NAE_ERA_R-2362_Emakeele_Selts, lk 17
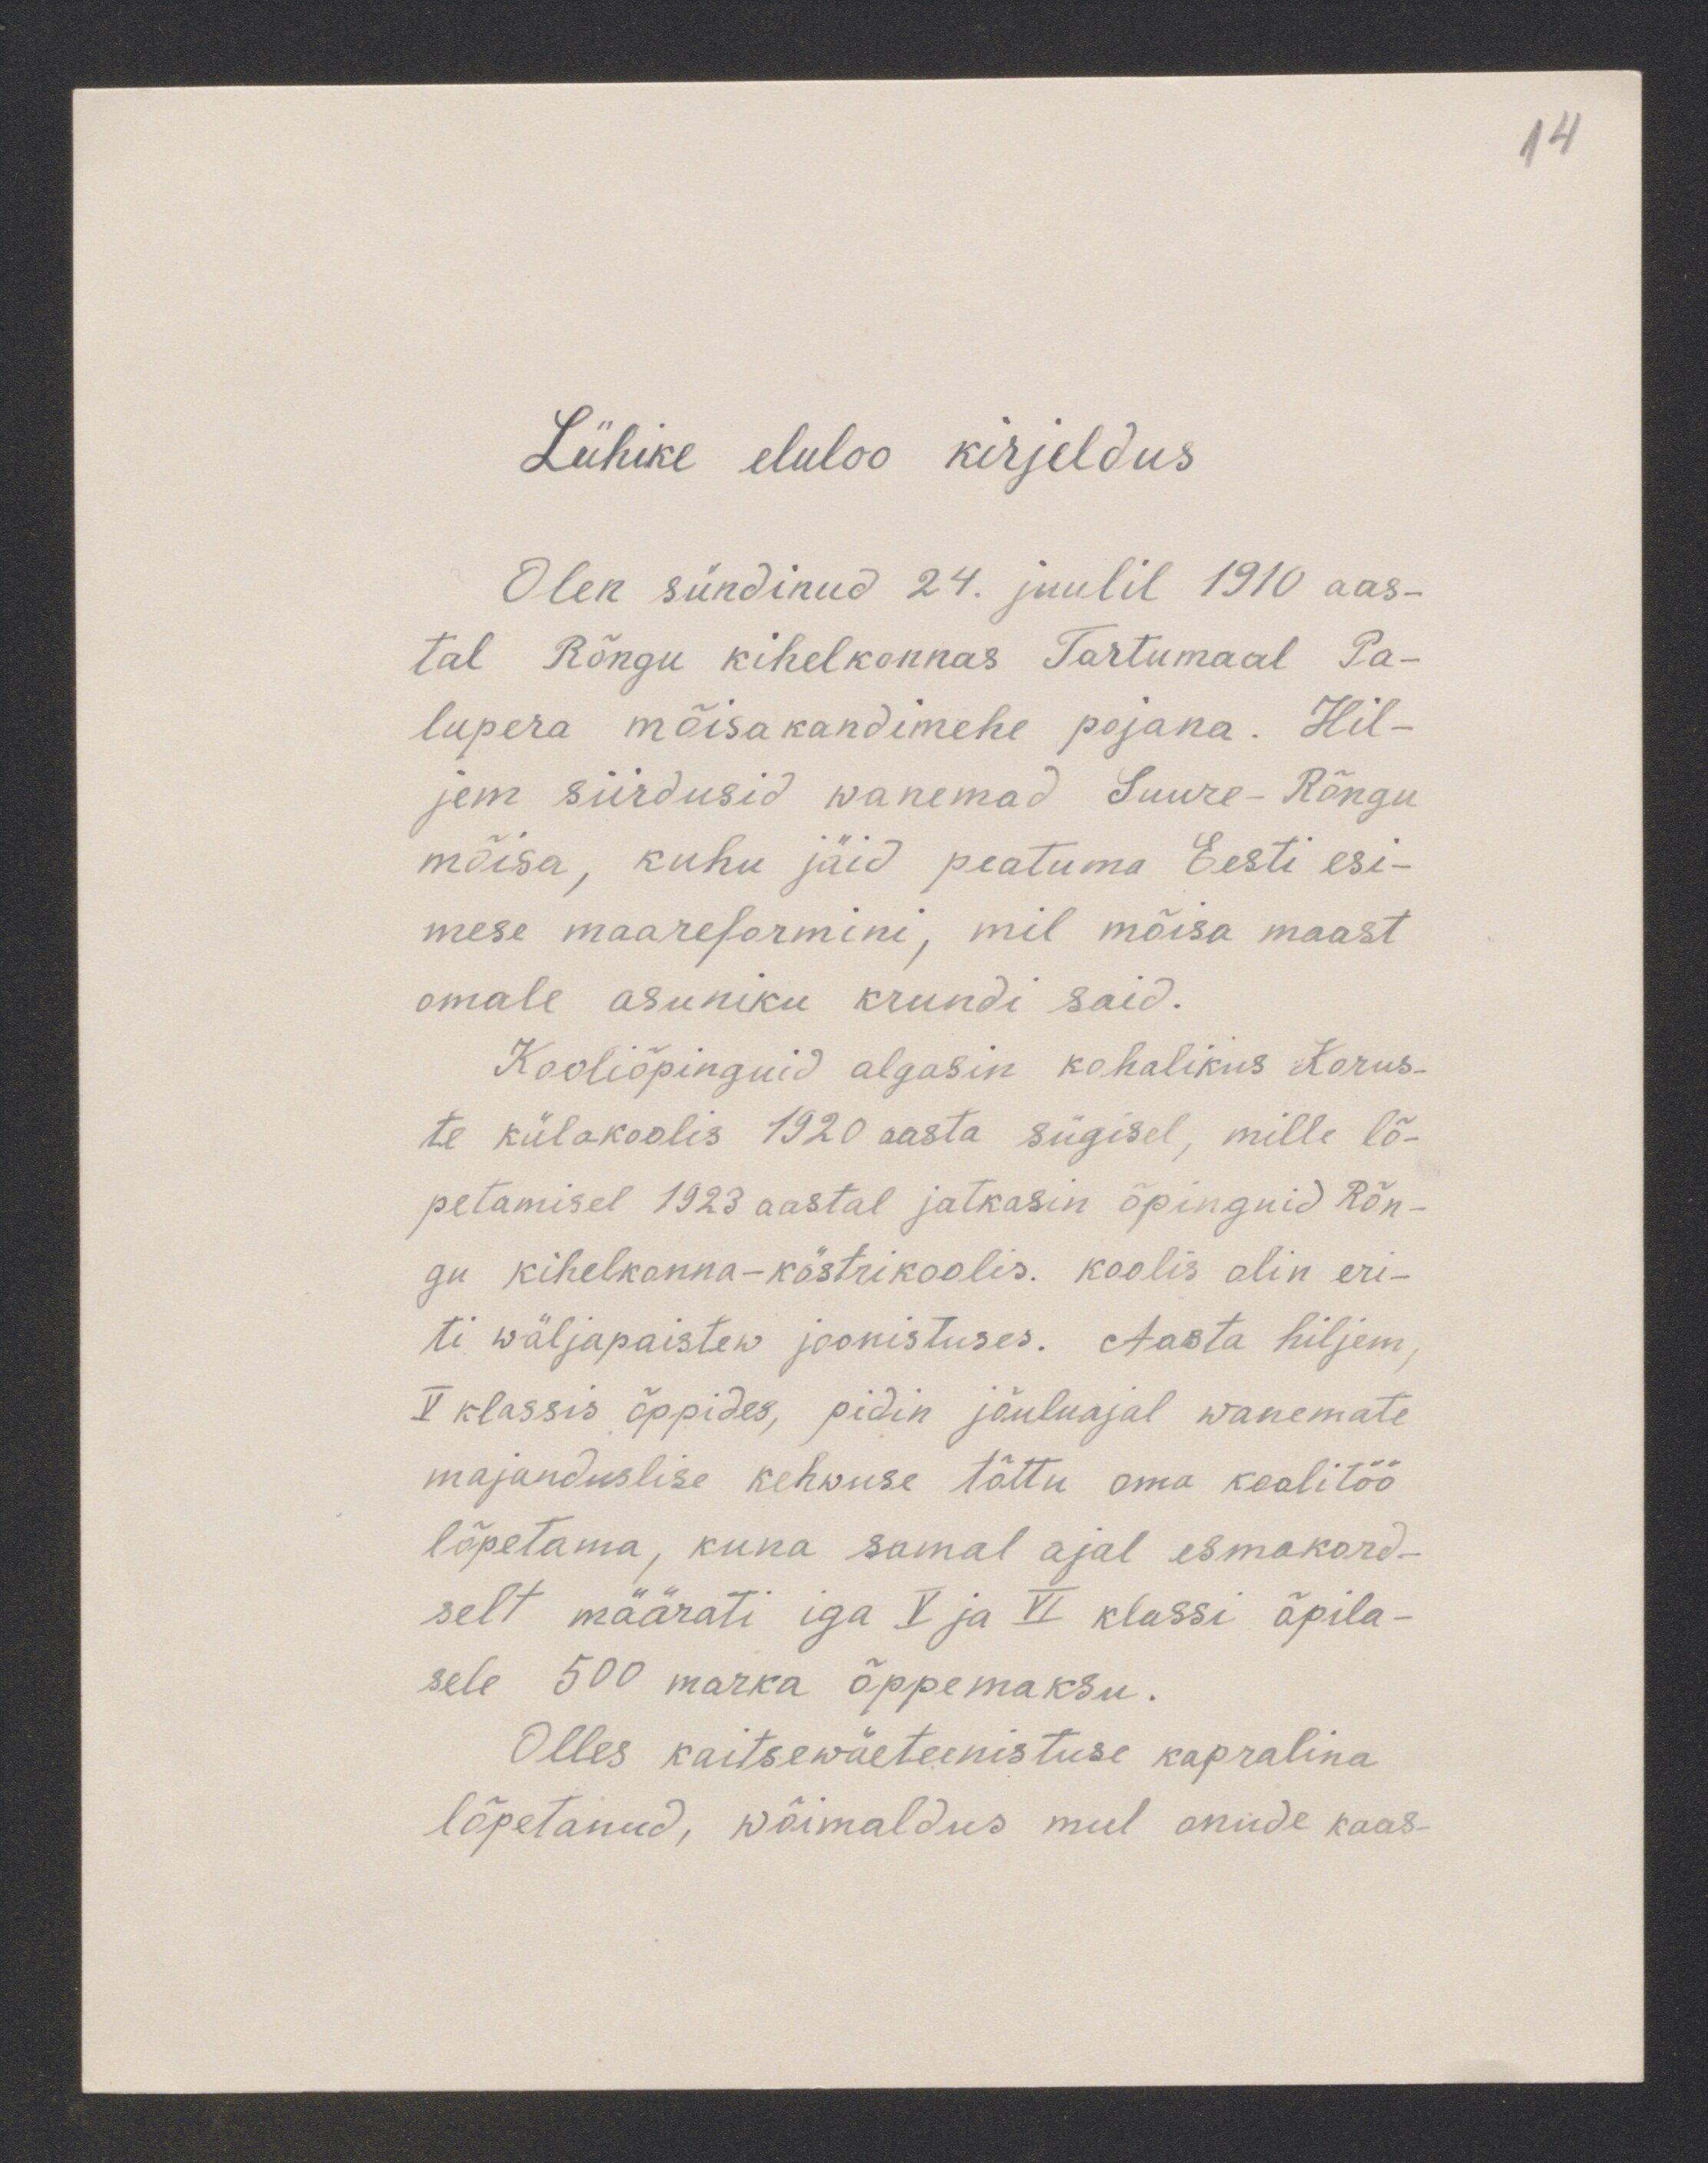
14

Lühike eluloo kirjeldus
Olen sündinud 24. juulil 1910 aas-
tal Rõngu kihelkonnas Tartumaal Pa-
lupera mõisakandimehe pojana. Hil-
jem siirdusid wanemad Suure-Rõngu
mõisa, kuhu jäid peatuma Eesti esi-
mese maareformini, mil mõisa maast
omale asuniku krundi said.
Kooliõpinguid algasin kohalikus Korus-
te külakoolis 1920 aasta sügisel, mille lõ-
petamisel 1923 aastal jatkasin õpinguid Rõn-
gu kihelkonna-köstrikoolis. Koolis olin eri-
ti wäljapaistew joonistuses. Aasta hiljem
V klassis õppides, pidin jõuluajal wanemate
majanduslise kehwuse tõttu oma koolitöö
lõpetama, kuna samal ajal esmakord-
selt määrati iga V ja VI klassi õpila-
sele 500 marka õppemaksu.
Olles kaitsewäeteenistuse kapralina
lõpetanud, wõimaldus mul onude kaas-